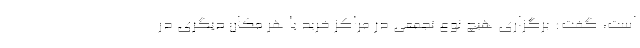
است، گفت: برگزاری هیچ نوع تجمعی در مراکز خرید یا هر مکان دیگری در